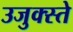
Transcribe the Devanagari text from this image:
उजुक्स्ते